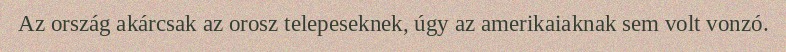
Az ország akárcsak az orosz telepeseknek, úgy az amerikaiaknak sem volt vonzó.